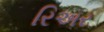
રિઅર